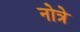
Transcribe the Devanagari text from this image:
नोत्रे